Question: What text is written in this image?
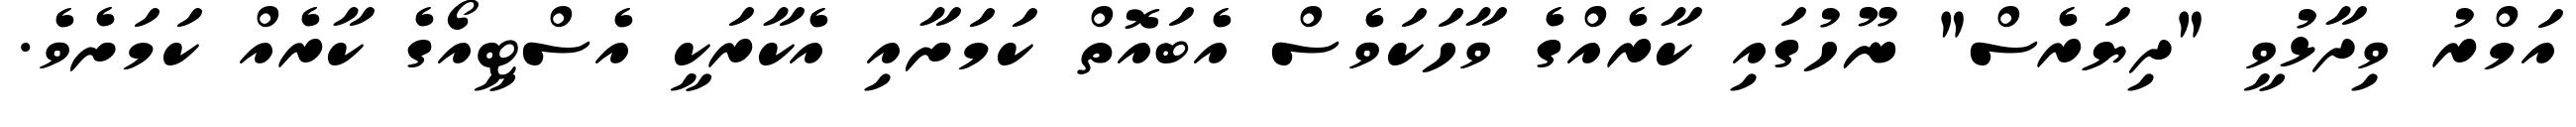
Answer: އަމްރު ވިދާޅުވީ "ދިޔަރެސް" ނޫހުގައި ކާރެއްގެ ވާހަކަވެސް އެބައޮތް ކަމަށާއި އެކާރަކީ އެސްޓީއޯގެ ކާރެއް ކަމަށެވެ.